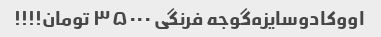
اووکادو‌سایزه‌گوجه فرنگی ۳۵۰۰۰ تومان!!!!